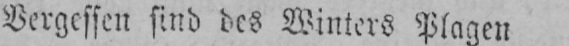
Vergessen sind des Winters Plagen